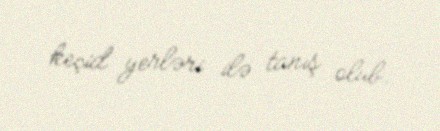
keçid yerləri ilə tanış olub.